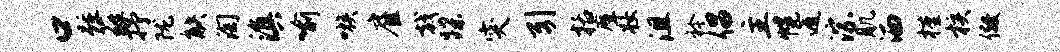
口踵蕤抒陇觖淘滇喻嗾雇戟蹀突引括摩妆沮衿倡主幌遁淙肌洒槿核儆